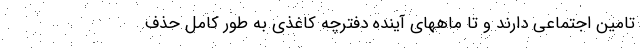
تامین اجتماعی دارند و تا ماههای آینده دفترچه کاغذی به طور کامل حذف